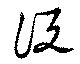
説